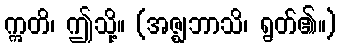
ဣတိ၊ ဤသို့။ (အဇ္ဈဘာသိ၊ ရွတ်၏။)